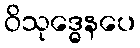
ဝိသုဒ္ဓေနပေ